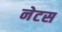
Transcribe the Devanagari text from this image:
नेटस